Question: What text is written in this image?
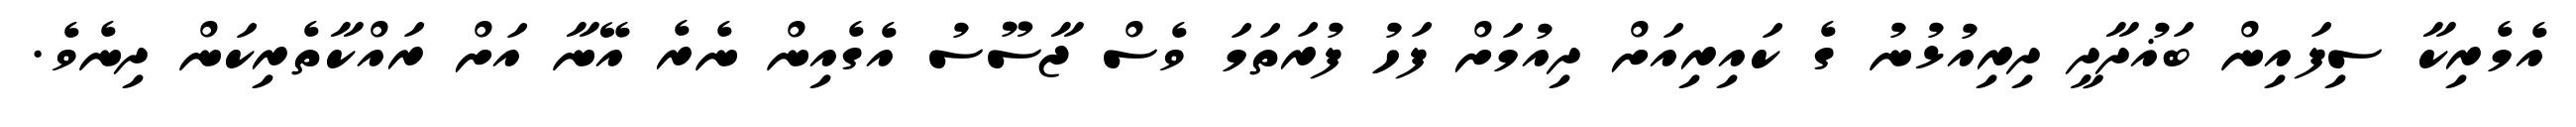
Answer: އެމެރިކާ ސިފައިން ބަޣުދާދީ ދިރިއުޅުނު ގެ ކައިރިއަށް ދިއުމަށް ފަހު ފުރަތަމަ ވެސް ޖާސޫސު އެގެއިން ނެރެ އޭނާ އަށް ރައްކާތެރިކަން ދިނެވެ.